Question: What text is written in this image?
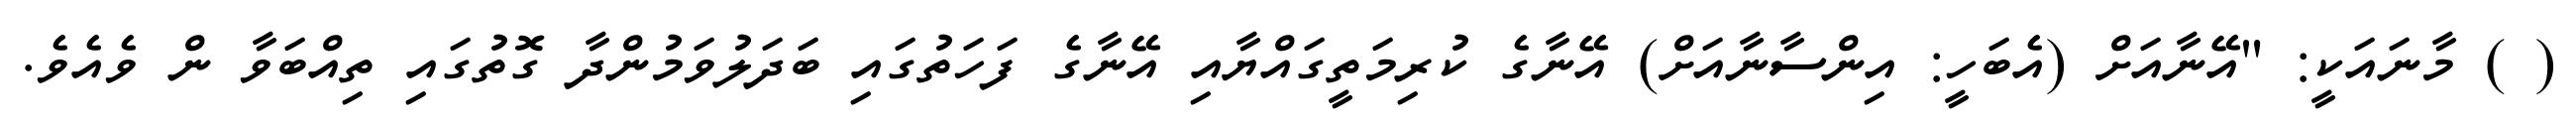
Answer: ( ) މާނައަކީ: "އޭނާއަށް (އެބަހީ: އިންސާނާއަށް) އޭނާގެ ކުރިމަތީގައްޔާއި އޭނާގެ ފަހަތުގައި ބަދަލުވަމުންދާ ގޮތުގައި ތިއްބަވާ ން ވެއެވެ.